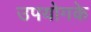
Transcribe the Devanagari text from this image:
उपयोगके